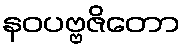
နဝပဗ္ဗဇိတော